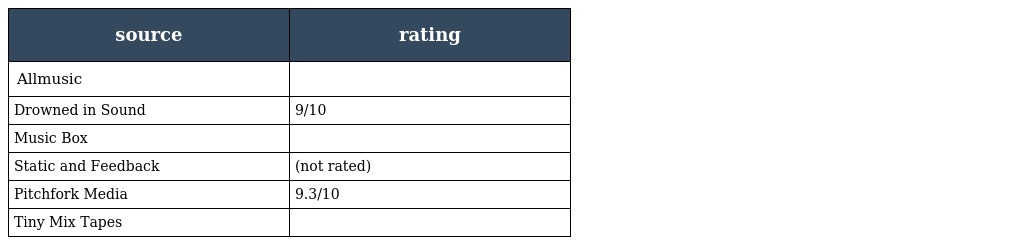
| source | rating |
 | --- | --- |
 | Allmusic |  |
 | Drowned in Sound | 9/10 |
 | Music Box |  |
 | Static and Feedback | (not rated) |
 | Pitchfork Media | 9.3/10 |
 | Tiny Mix Tapes |  |